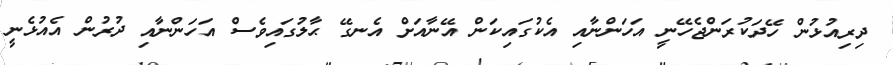
ދިރިއުޅުން ހޭދަކުރަންޖެހޭނީ އަހަންނާއި އެކުގައިކަން އޭނާއަށް އެނގޭ ޙާލުގައިވެސް އަހަންނާއި ދުރުން އެއުޅެނީ